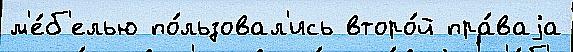
м'е́б'елью по́льзовал'ись второ́й пра́ваjа